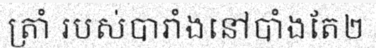
ត្រាំ របស់បារាំងនៅបាំងតែ២